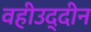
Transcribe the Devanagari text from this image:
वहीउद्दीन